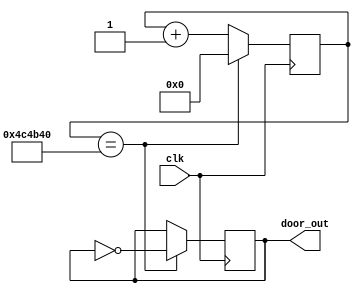
module door(clk,door_out);
input clk;
output reg door_out;

reg    [31:0]count;

always@(posedge clk)  
begin              
  if(count==32'd5000000) 
    begin
    door_out<=~door_out;  
    count<=32'd0;
    end
  else 
    count<=count+1'b1;   
end                     


endmodule